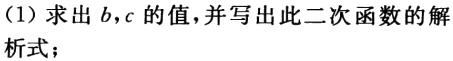
(1)求出\(b,c\)的值，并写出此二次函数的解析式；